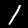
Label: 1